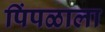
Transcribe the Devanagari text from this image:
पिंपळाला